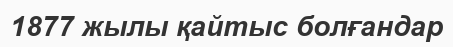
1877 жылы қайтыс болғандар